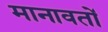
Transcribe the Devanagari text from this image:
मानावतों